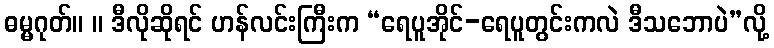
ဓမ္မဂုတ်။ ။ ဒီလိုဆိုရင် ဟန်လင်းကြီးက “ရေပူအိုင်-ရေပူတွင်းကလဲ ဒီသဘောပဲ”လို့